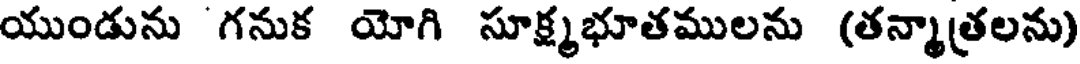
యుండును గనుక యోగి సూక్ష్మభూతములను (తన్మాత్రలను)